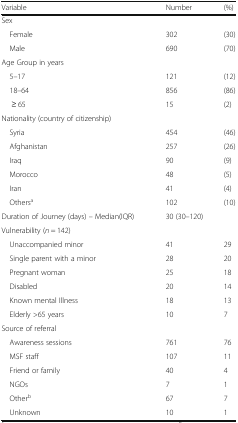
<table><thead><tr><td><b>Variable</b></td><td><b>Number</b></td><td><b>(%)</b></td></tr></thead><tbody><tr><td colspan="3">Sex</td></tr><tr><td> Female</td><td>302</td><td>(30)</td></tr><tr><td> Male</td><td>690</td><td>(70)</td></tr><tr><td colspan="3">Age Group in years</td></tr><tr><td> 5–17</td><td>121</td><td>(12)</td></tr><tr><td> 18–64</td><td>856</td><td>(86)</td></tr><tr><td>≥ 65</td><td>15</td><td>(2)</td></tr><tr><td colspan="3">Nationality (country of citizenship)</td></tr><tr><td> Syria</td><td>454</td><td>(46)</td></tr><tr><td> Afghanistan</td><td>257</td><td>(26)</td></tr><tr><td> Iraq</td><td>90</td><td>(9)</td></tr><tr><td> Morocco</td><td>48</td><td>(5)</td></tr><tr><td> Iran</td><td>41</td><td>(4)</td></tr><tr><td> Others<sup>a</sup></td><td>102</td><td>(10)</td></tr><tr><td>Duration of Journey (days) – Median(IQR)</td><td colspan="2">30 (30–120)</td></tr><tr><td colspan="3">Vulnerability (<i>n</i> = 142)</td></tr><tr><td> Unaccompanied minor</td><td>41</td><td>29</td></tr><tr><td> Single parent with a minor</td><td>28</td><td>20</td></tr><tr><td> Pregnant woman</td><td>25</td><td>18</td></tr><tr><td> Disabled</td><td>20</td><td>14</td></tr><tr><td> Known mental Illness</td><td>18</td><td>13</td></tr><tr><td> Elderly &gt;65 years</td><td>10</td><td>7</td></tr><tr><td colspan="3">Source of referral</td></tr><tr><td> Awareness sessions</td><td>761</td><td>76</td></tr><tr><td> MSF staff</td><td>107</td><td>11</td></tr><tr><td> Friend or family</td><td>40</td><td>4</td></tr><tr><td> NGOs</td><td>7</td><td>1</td></tr><tr><td> Other<sup>b</sup></td><td>67</td><td>7</td></tr><tr><td> Unknown</td><td>10</td><td>1</td></tr></tbody></table>